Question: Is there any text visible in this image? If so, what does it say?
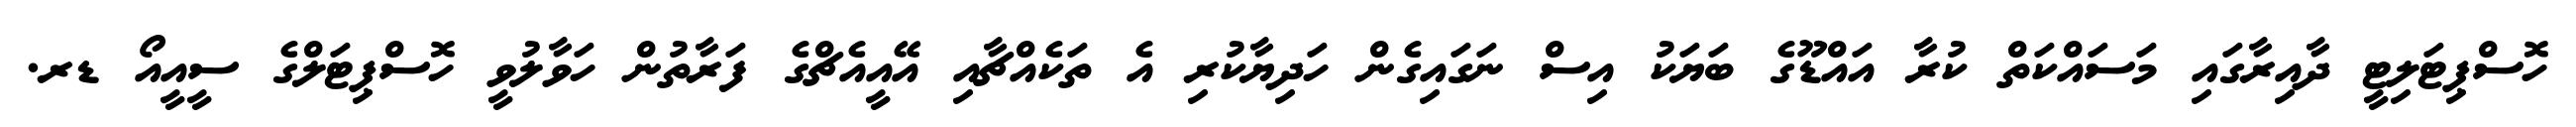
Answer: ހޮސްޕިޓަލިޓީ ދާއިރާގައި މަސައްކަތް ކުރާ އައްޑޫގެ ބަޔަކު އިސް ނަގައިގެން ހަދިޔާކުރި އެ ތަކެއްޗާއި އޭއީއެޗްގެ ފަރާތުން ހަވާލުވީ ހޮސްޕިޓަލްގެ ސީއީއޯ ޑރ.